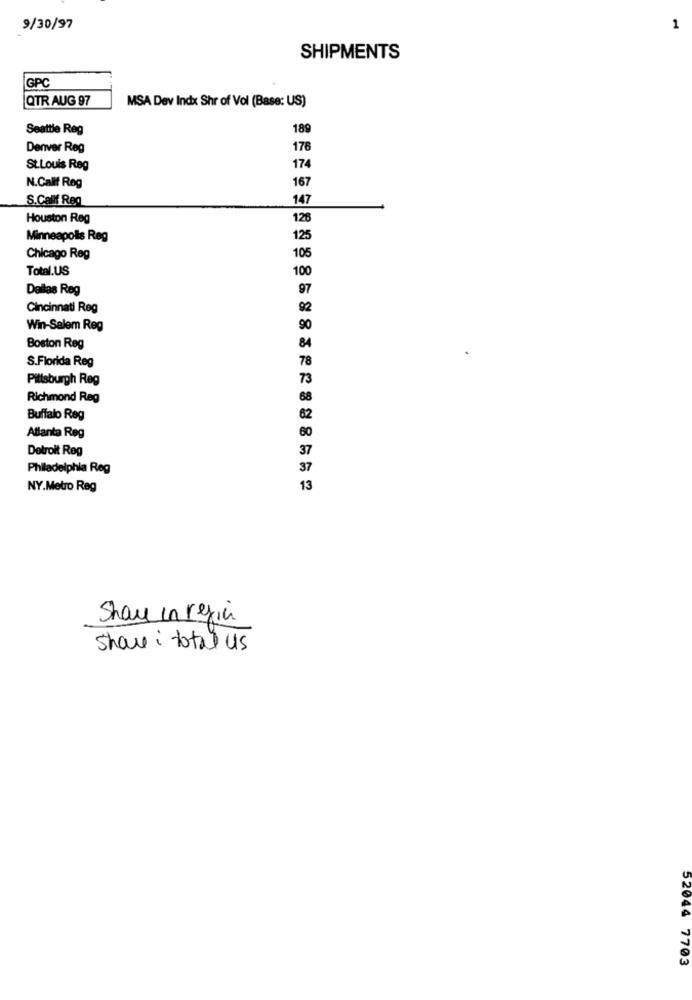
9/30/97
1
SHIPMENTS
GPC
QTR AUG 97
MSA Dev Indx Shr of Vol (Base: US)
Seattle Reg
189
Denver Reg
176
St.Louis Reg
174
167
N.Calif Reg
S.Callf Reg
147
Houston Reg
126
Minneapolis Reg
125
105
Chicago Reg
Total.US
100
Dallas Reg
Cincinnati Reg
Win-Salem Reg
90
Boston Reg
78
S.Florida Reg
Pittsburgh Reg
Richmond Reg
Buffalo Reg
Atlanta Reg
Detroit Reg
Philadelphia Reg
NY.Metro Reg
Show in regin
share : total us
52044 7703